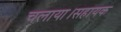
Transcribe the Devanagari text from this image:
चलाया।सहायक